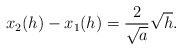
\begin{align*} \begin{aligned}x_2(h)-x_1(h)=\frac{2}{\sqrt{a}}\sqrt{h}. \end{aligned} \end{align*}